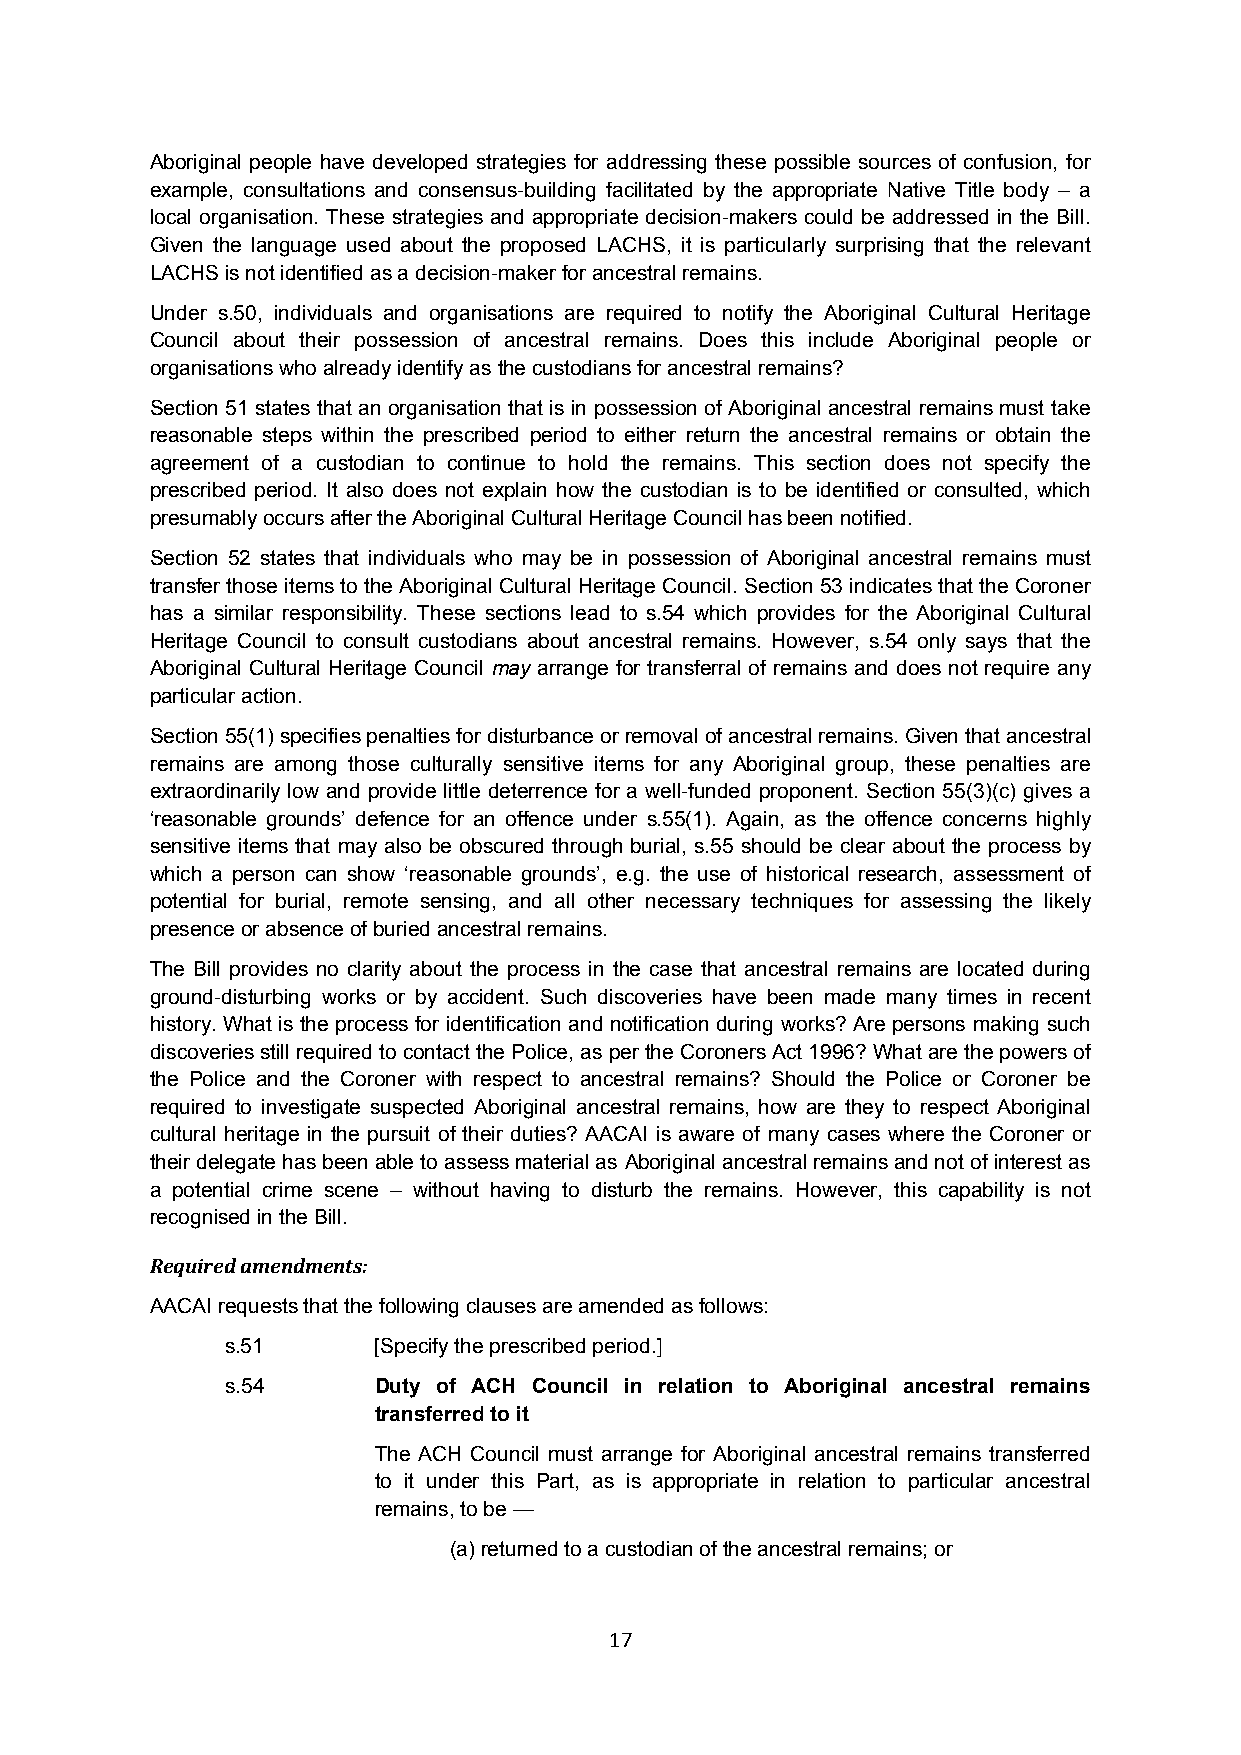
Aboriginal people have developed strategies for addressing these possible sources of confusion, for
 example, consultations and consensus-building facilitated by the appropriate Native Title body – a
 local organisation. These strategies and appropriate decision-makers could be addressed in the Bill.
 Given the language used about the proposed LACHS, it is particularly surprising that the relevant
 LACHS is not identified as a decision-maker for ancestral remains.
 Under s.50, individuals and organisations are required to notify the Aboriginal Cultural Heritage
 Council about their possession of ancestral remains. Does this include Aboriginal people or
 organisations who already identify as the custodians for ancestral remains?
 Section 51 states that an organisation that is in possession of Aboriginal ancestral remains must take
 reasonable steps within the prescribed period to either return the ancestral remains or obtain the
 agreement of a custodian to continue to hold the remains. This section does not specify the
 prescribed period. It also does not explain how the custodian is to be identified or consulted, which
 presumably occurs after the Aboriginal Cultural Heritage Council has been notified.
 Section 52 states that individuals who may be in possession of Aboriginal ancestral remains must
 transfer those items to the Aboriginal Cultural Heritage Council. Section 53 indicates that the Coroner
 has a similar responsibility. These sections lead to s.54 which provides for the Aboriginal Cultural
 Heritage Council to consult custodians about ancestral remains. However, s.54 only says that the
 Aboriginal Cultural Heritage Council may arrange for transferral of remains and does not require any
 particular action.
 Section 55(1) specifies penalties for disturbance or removal of ancestral remains. Given that ancestral
 remains are among those culturally sensitive items for any Aboriginal group, these penalties are
 extraordinarily low and provide little deterrence for a well-funded proponent. Section 55(3)(c) gives a
 ‘reasonable grounds’ defence for an offence under s.55(1). Again, as the offence concerns highly
 sensitive items that may also be obscured through burial, s.55 should be clear about the process by
 which a person can show ‘reasonable grounds’, e.g. the use of historical research, assessment of
 potential for burial, remote sensing, and all other necessary techniques for assessing the likely
 presence or absence of buried ancestral remains.
 The Bill provides no clarity about the process in the case that ancestral remains are located during
 ground-disturbing works or by accident. Such discoveries have been made many times in recent
 history. What is the process for identification and notification during works? Are persons making such
 discoveries still required to contact the Police, as per the Coroners Act 1996? What are the powers of
 the Police and the Coroner with respect to ancestral remains? Should the Police or Coroner be
 required to investigate suspected Aboriginal ancestral remains, how are they to respect Aboriginal
 cultural heritage in the pursuit of their duties? AACAI is aware of many cases where the Coroner or
 their delegate has been able to assess material as Aboriginal ancestral remains and not of interest as
 a potential crime scene – without having to disturb the remains. However, this capability is not
 recognised in the Bill.
 Required amendments:
 AACAI requests that the following clauses are amended as follows:
 s.51      [Specify the prescribed period.]
 s.54      Duty of ACH Council in relation to Aboriginal ancestral remains
 transferred to it
 The ACH Council must arrange for Aboriginal ancestral remains transferred
 to it under this Part, as is appropriate in relation to particular ancestral
 remains, to be —
 (a) returned to a custodian of the ancestral remains; or
 17